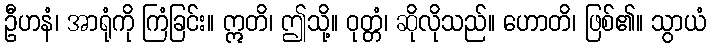
ဦဟနံ၊ အာရုံကို ကြံခြင်း။ ဣတိ၊ ဤသို့။ ဝုတ္တံ၊ ဆိုလိုသည်။ ဟောတိ၊ ဖြစ်၏။ သွာယံ